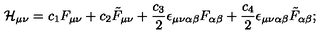
{ \cal H } _ { \mu \nu } = c _ { 1 } F _ { \mu \nu } + c _ { 2 } \tilde { F } _ { \mu \nu } + { \frac { c _ { 3 } } { 2 } } \epsilon _ { \mu \nu \alpha \beta } F _ { \alpha \beta } + { \frac { c _ { 4 } } { 2 } } \epsilon _ { \mu \nu \alpha \beta } \tilde { F } _ { \alpha \beta } ;